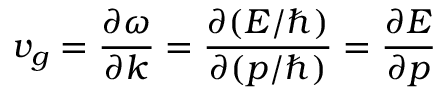
v _ { g } = { \frac { \partial \omega } { \partial k } } = { \frac { \partial ( E / \hbar ) } { \partial ( p / \hbar ) } } = { \frac { \partial E } { \partial p } }